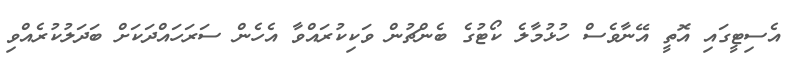
އެސިޓީގައި އޮތީ އޭނާވެސް ހުޅުމާލެ ކޯޓުގެ ބެންޗުން ވަކިކުރައްވާ އެހެން ސަރަހައްދަކަށް ބަދަލުކުރެއްވި